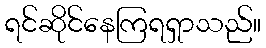
ရင်ဆိုင်နေကြရရှာသည်။